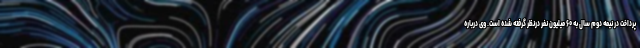
پرداخت در نیمه دوم سال به ۶۰ میلیون نفر درنظر گرفته شده است. وی درباره